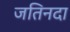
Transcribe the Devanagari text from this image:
जतिनदा